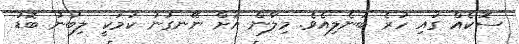
ސޮކެއް ގައި ހުރެ ބުނެލިއެވެ. މިލާން އަށް ނޭނގުނު ކަމަކީ ލިބުނު ބޮޑު